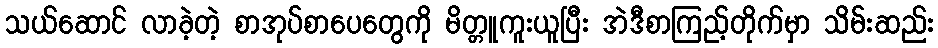
သယ်ဆောင် လာခဲ့တဲ့ စာအုပ်စာပေတွေကို မိတ္တူကူးယူပြီး အဲဒီစာကြည့်တိုက်မှာ သိမ်းဆည်း